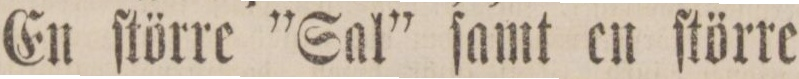
En ſtörre ”Sal” ſamt en ſtörre